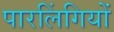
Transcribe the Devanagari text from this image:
पारलिंगियों